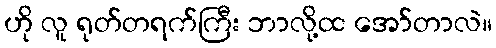
ဟို လူ ရုတ်တရက်ကြီး ဘာလို့ထ အော်တာလဲ။